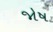
જોષ